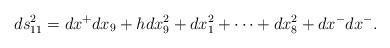
\begin{align*}ds_{11}^2 = dx^+ dx_9 + h dx_9^2 + dx_1^2 + \cdots + dx_8^2 + dx^- dx^- .\end{align*}